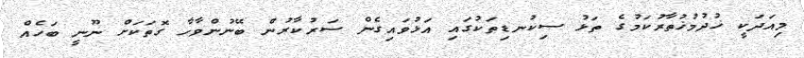
މިއަދަކީ ޚުދުމުޚުތާރުކަމުގެ ތަޅު ސިކުނޑިތަކުގައި އަޅުވައިގެން ސަރުކާރުން ބޭނުންވާހާ ގޮތަކަށް ނޫނީ ބަހެއް